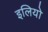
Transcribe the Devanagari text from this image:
इलियो